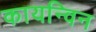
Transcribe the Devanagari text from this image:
कायन्विन